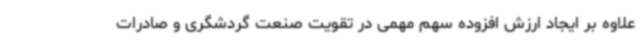
علاوه بر ایجاد ارزش افزوده سهم مهمی در تقویت صنعت گردشگری و صادرات